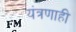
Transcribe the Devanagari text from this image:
यंत्रणाही